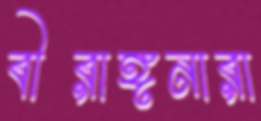
বীরাঙ্গনারা